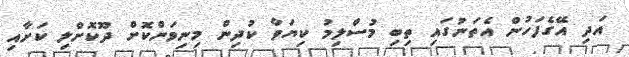
އަދި އޭގެފަހުން އެތަނުގައި ތިބި މުސްލިމު ކިޔަވާ ކުދިން މިނިވަންކޮށް ދޫކޮށްލި ކަށާއި